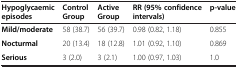
| Hypoglycaemic episodes | Control Group | Active Group | RR (95% confidence intervals) | p-value |
 | --- | --- | --- | --- | --- |
 | Mild/moderate | 58 (38.7) | 56 (39.7) | 0.98 (0.82, 1.18) | 0.855 |
 | Nocturmal | 20 (13.4) | 18 (12.8) | 1.01 (0.92, 1.10) | 0.869 |
 | Serious | 3 (2.0) | 3 (2.1) | 1.00 (0.97, 1.03) | 1.0 |